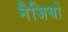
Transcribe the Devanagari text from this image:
नैजियो